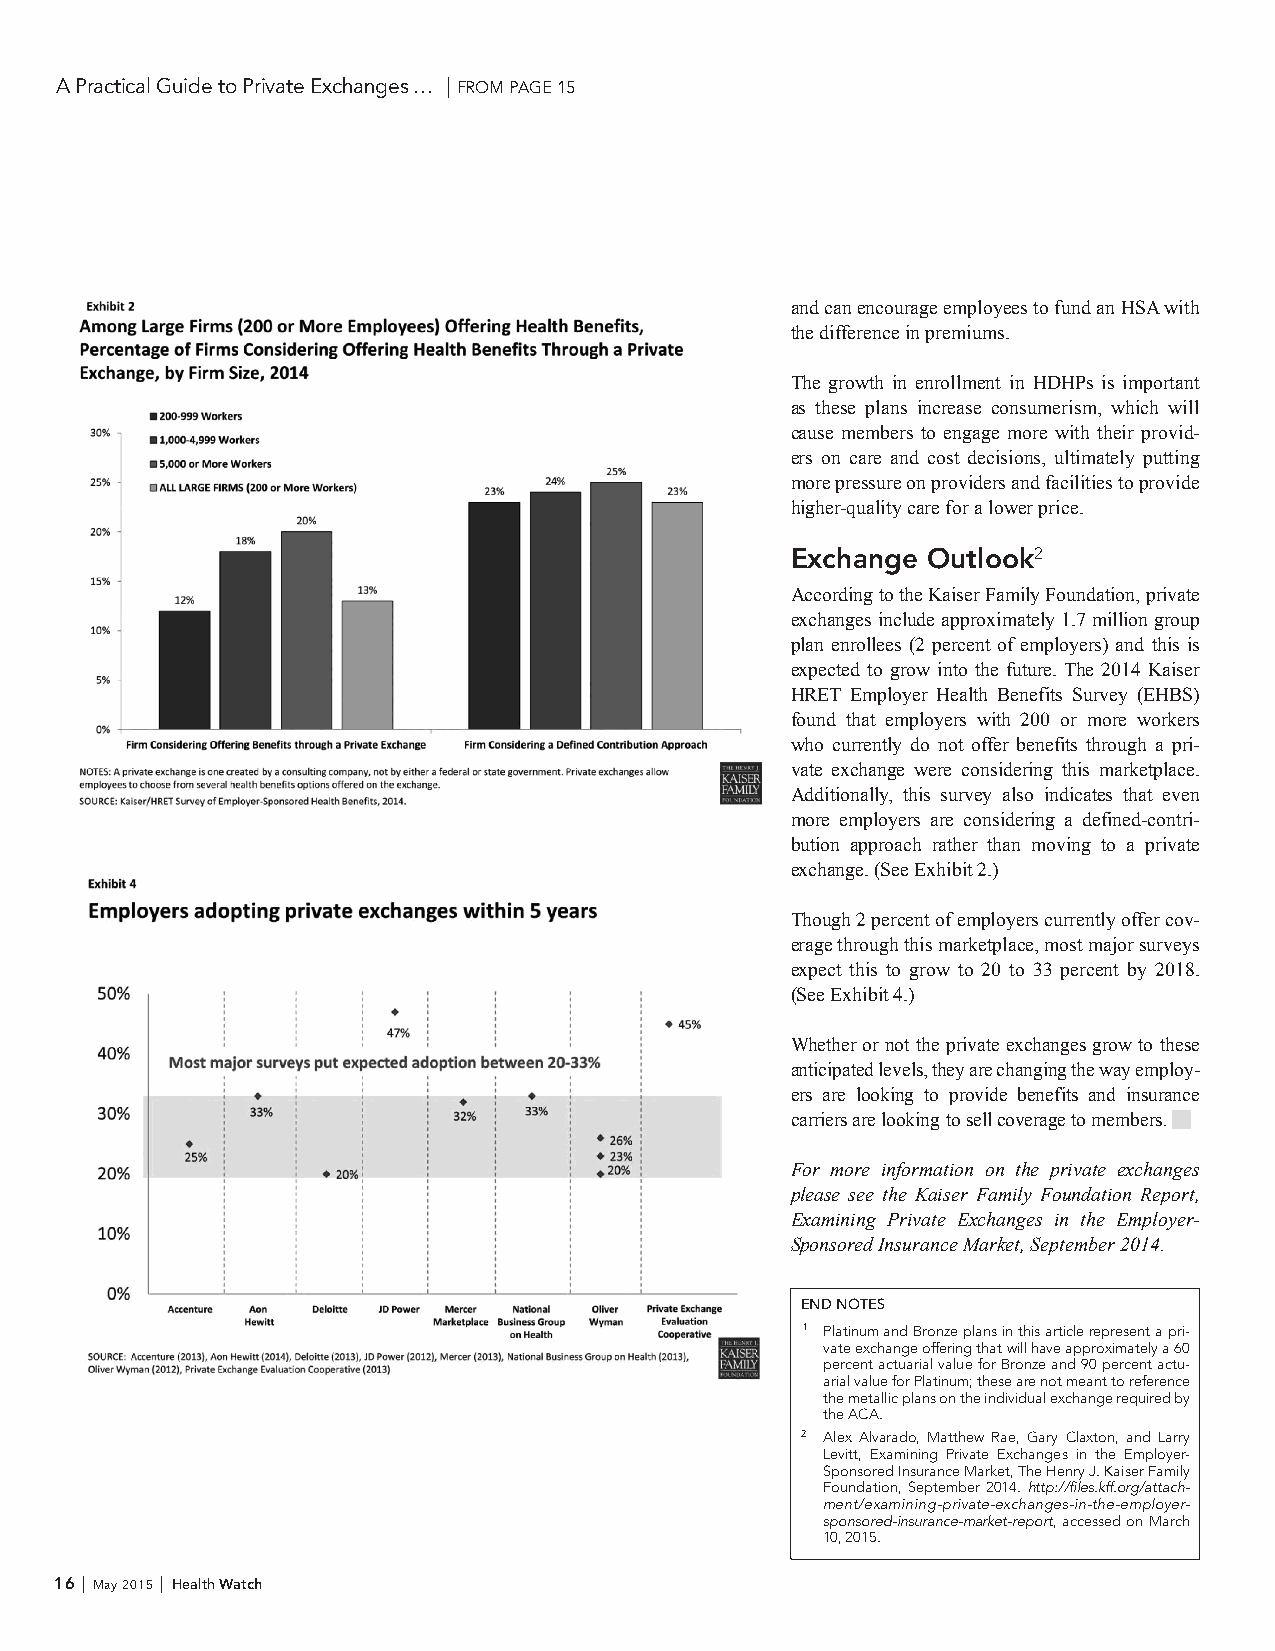
A Practical Guide to Private Exchanges … | FROM PAGE 15
 and can encourage employees to fund an HSA with
 the difference in premiums.
 The growth in enrollment in HDHPs is important
 as these plans increase consumerism, which will
 cause members to engage more with their provid-
 ers on care and cost decisions, ultimately putting
 more pressure on providers and facilities to provide
 higher-quality care for a lower price.
 Exchange Outlook2
 According to the Kaiser Family Foundation, private
 exchanges include approximately 1.7 million group
 plan enrollees (2 percent of employers) and this is
 expected to grow into the future. The 2014 Kaiser
 HRET Employer Health Benefits Survey (EHBS)
 found that employers with 200 or more workers
 who currently do not offer benefits through a pri-
 vate exchange were considering this marketplace.
 Additionally, this survey also indicates that even
 more employers are considering a defined-contri-
 bution approach rather than moving to a private
 exchange. (See Exhibit 2.)
 Though 2 percent of employers currently offer cov-
 erage through this marketplace, most major surveys
 expect this to grow to 20 to 33 percent by 2018.
 (See Exhibit 4.)
 Whether or not the private exchanges grow to these
 anticipated levels, they are changing the way employ-
 ers are looking to provide benefits and insurance
 carriers are looking to sell coverage to members.
 For more information on the private exchanges
 please see the Kaiser Family Foundation Report,
 Examining Private Exchanges in the Employer-
 Sponsored Insurance Market, September 2014.
 END NOTES
 1 Platinum and Bronze plans in this article represent a pri-
 vate exchange offering that will have approximately a 60
 percent actuarial value for Bronze and 90 percent actu-
 arial value for Platinum; these are not meant to reference
 the metallic plans on the individual exchange required by
 the ACA.
 2 Alex Alvarado, Matthew Rae, Gary Claxton, and Larry
 Levitt, Examining Private Exchanges in the Employer-
 Sponsored Insurance Market, The Henry J. Kaiser Family
 Foundation, September 2014. http://files.kff.org/attach-
 ment/examining-private-exchanges-in-the-employer-
 sponsored-insurance-market-report, accessed on March
 10, 2015.
 16 | May 2015 | Health Watch